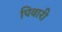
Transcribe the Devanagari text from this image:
पिवारी